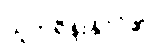
ယူကရိန်းနိုင်ငံ၏